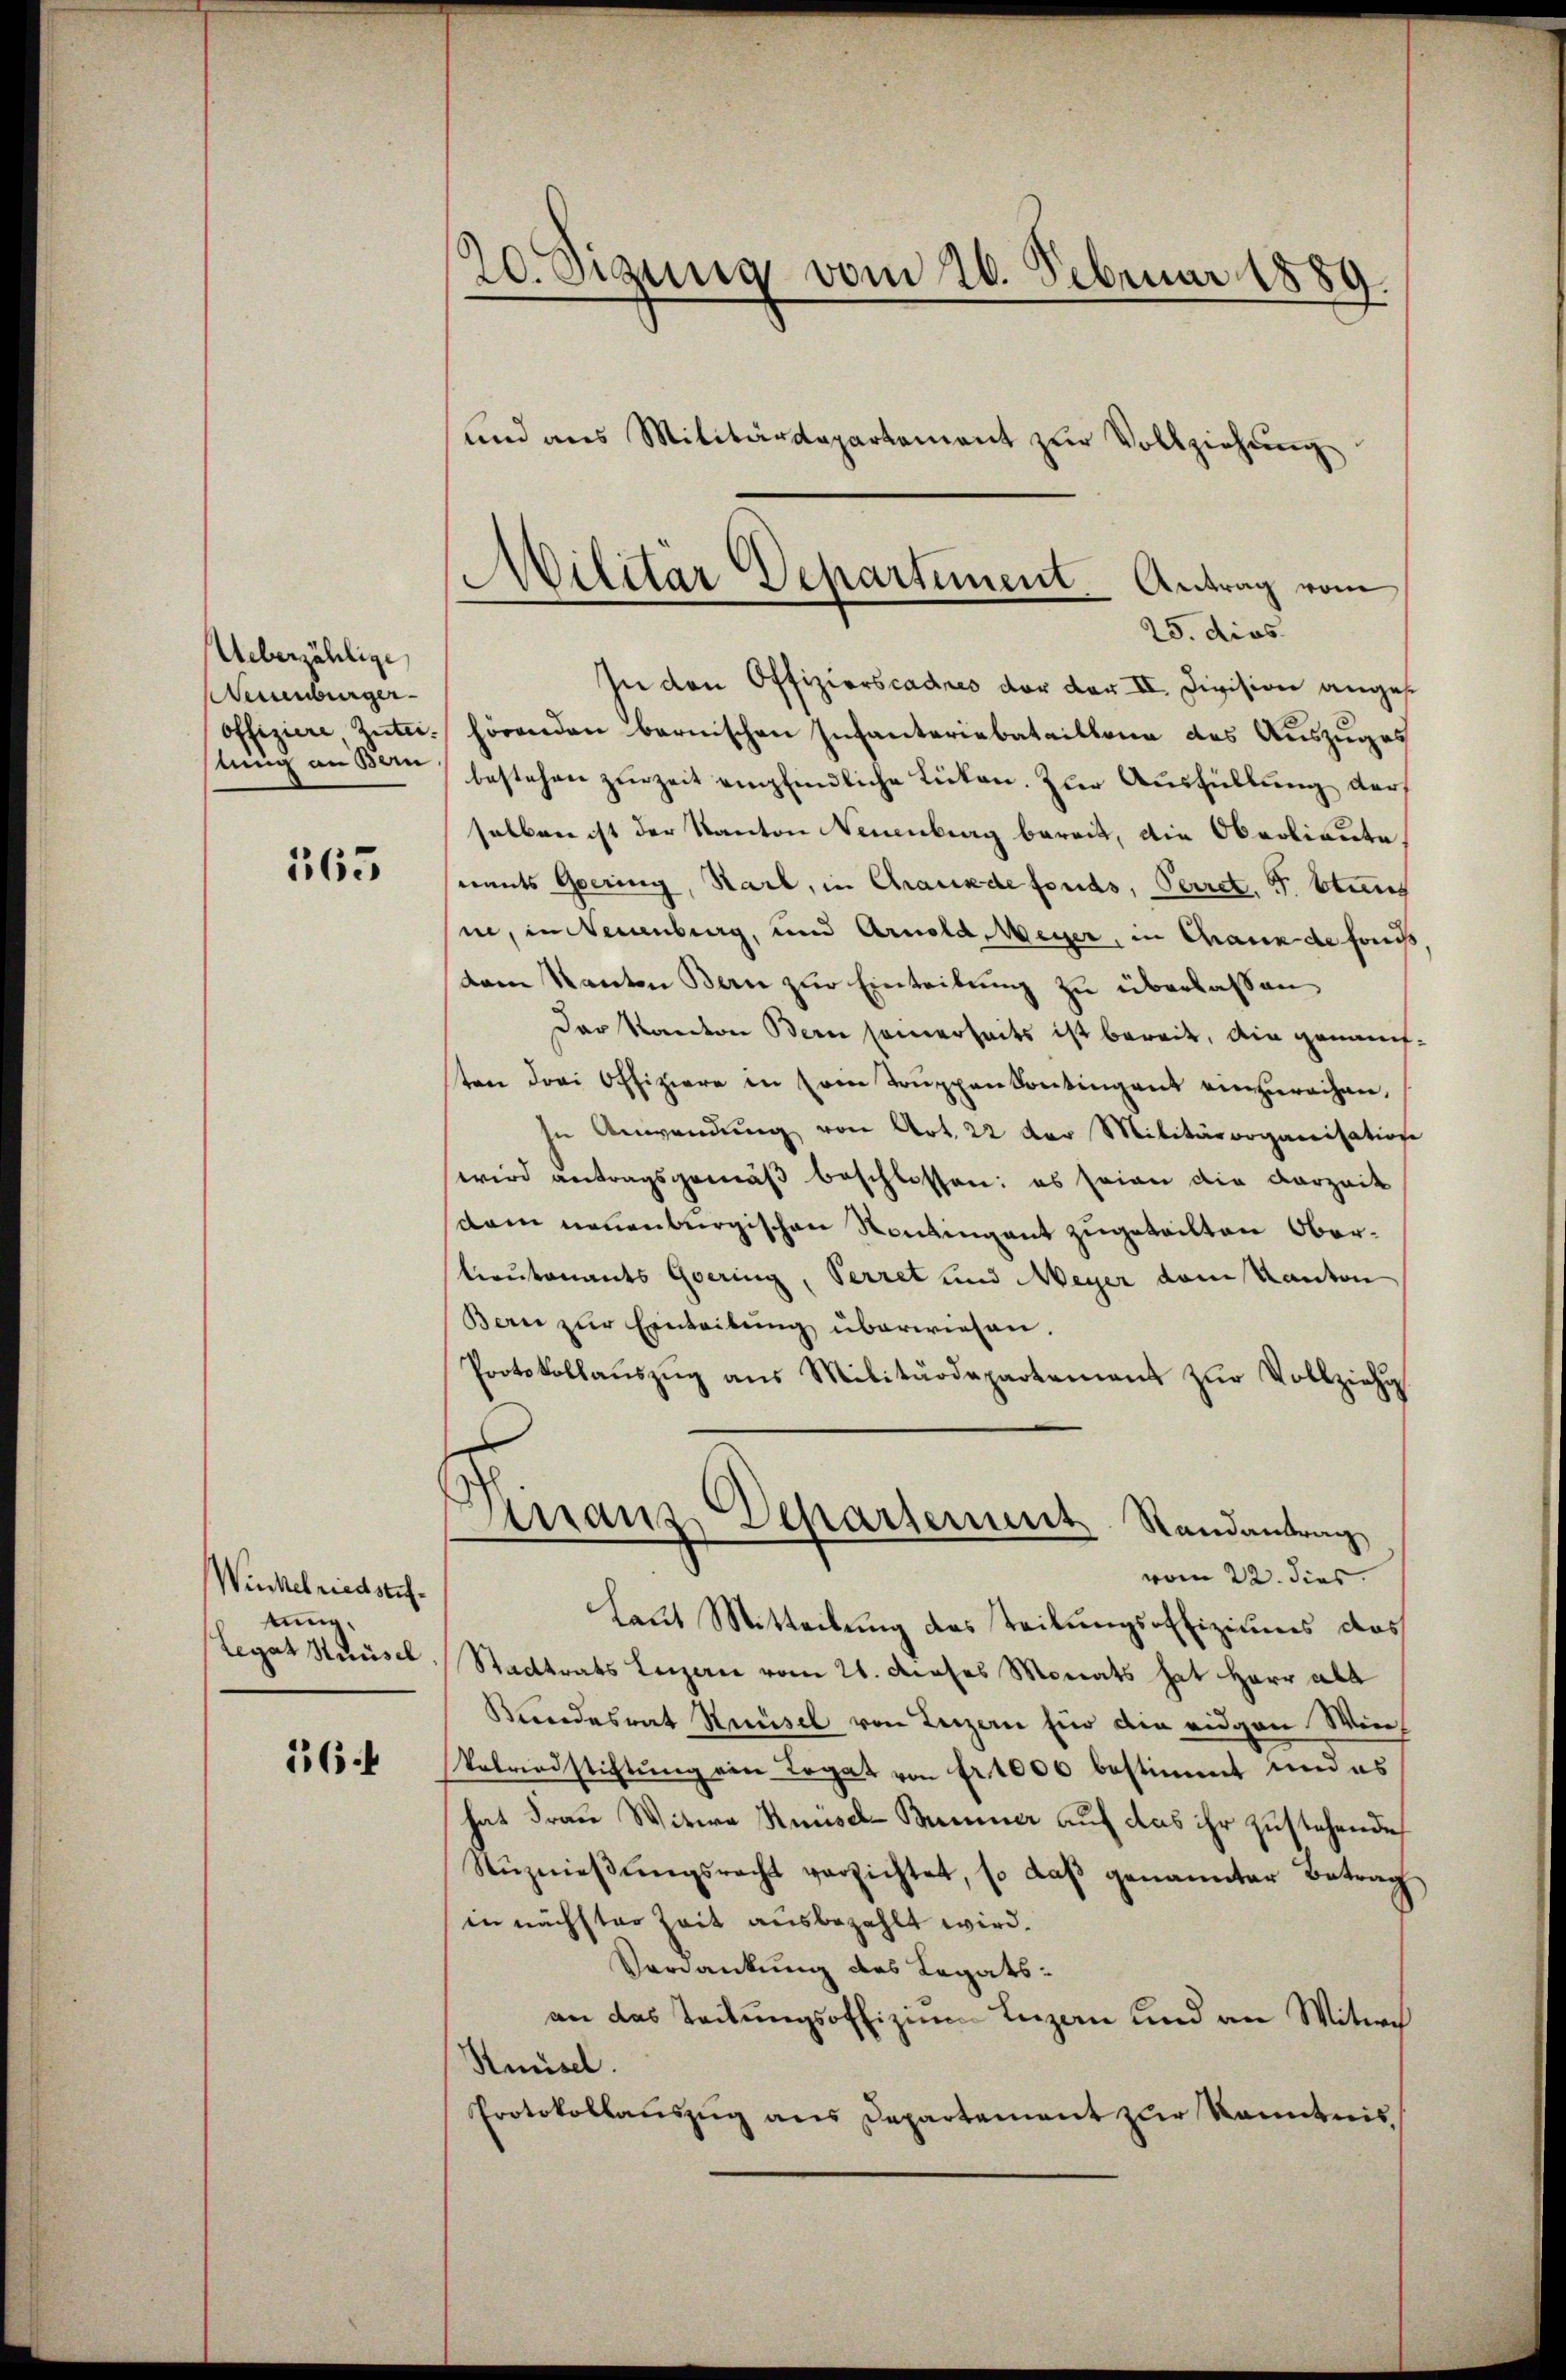
Ueberzählige
Neuenburger
lung an Bern

165

Winkelriedstiftung,
Legat Häusel

16.

20. Sizung vom 26. Februar 1889.
und ans Militärdepartement zŭr Vollziehŭng

Militär Departement. Antrag vom
25. dies

In den Offizierscadres vor der II. Division angesoffiziere Zute. hörenden bernischen Infanteriebataillone des Auszuges
bestehen zurZeit empfindliche Lücken. Zur Ausfüllung darf
selben ist der Kanton Neuenburg bereit, die Oberlieute,
namts Gering, Karl, in Chrankdefonds, Perret. F. Stand
ne, in Neuenburg, und Arnold, Meyer, in Chaux de fonis
dam Kanton Bern zur Einteilung zu überlassen
Der Kanton Bern seinerseits ist bereit, ain genannten drei Offiziere in sein Trŭppen kontingent einzureihen,
In Anwendung von Art. 22 der Militärorganisation
wird antragsgemäß beschlossen: es seien die Darzuik
dam neuenburgischen Kontingent zugeteilten Oberlieutenants Gering, Verret und Meyer dem Kanton
Bern zur Einleitung überwiesen.
Protokollaŭszŭg ans Militärdepartement zŭr Vollziehu
Knaus Departement Randantrag
vom 22. dies
Laut Mitteilung das Teilungsoffiziums das
Stadtrats Luzerne vom 21. dieses Monats hat Herr all
Kundesrat Knüsel von Luzern für die eidgen Win¬
Velriedstiftung ein Legat von fr. 1000 bestimmt und es
hat Frau Witwe Hausel-Bümner auf das ihr zustehende
Nŭznieβŭngsrecht verzichtet, so daβ genannter Betrag
in nächster Zeit ausbezahlt wird.
Verdankung des Legats-
an das Teilungsoffizium Luzern und an Witw
Knüsel.
Protokollauszug aus Departement zur Kenntnis